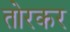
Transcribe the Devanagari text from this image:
तोरकर